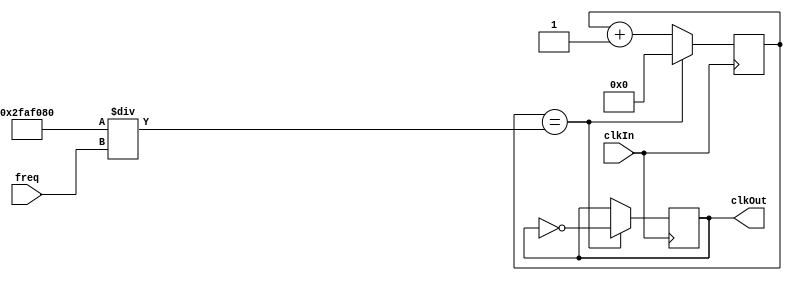
module clkDiv( clkIn, clkOut, freq );

	input clkIn;
	input[25:0] freq;
	output clkOut;
	reg clkOut;
	reg [25:0] count1;
	
	initial begin
		count1 <= 0;
		clkOut <= 0;
	end
	
	always@(posedge clkIn) begin
		count1 <= count1 + 1;
		if( count1 == 26'd50000000/freq ) begin // user selected
		//if( count1 == 26'd25000000 ) begin	// 2Hz
		//if( count1 == 26'd250000 ) begin			// 20kHz
		//if( count1 == 26'd2 ) begin          // 25MHz
			clkOut <= ~clkOut;
			count1 <= 26'd0;
		end
	end
	
endmodule